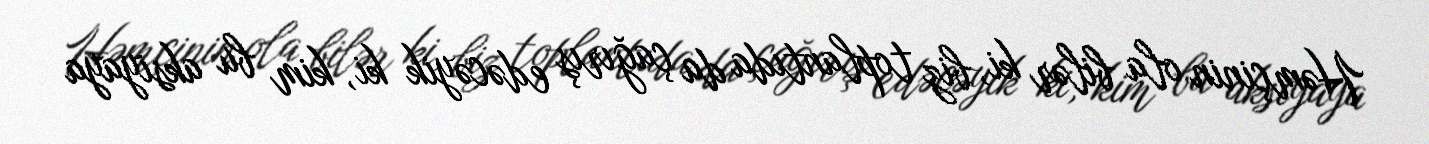
Həmçinin ola bilər ki, biz toplantıda da çağırış edəcəyik ki, kim bu aksiyaya